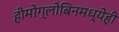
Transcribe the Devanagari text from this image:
हीमोग्लोबिनमध्येही